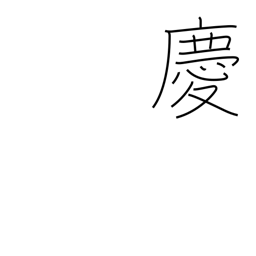
Meaning: congratulate